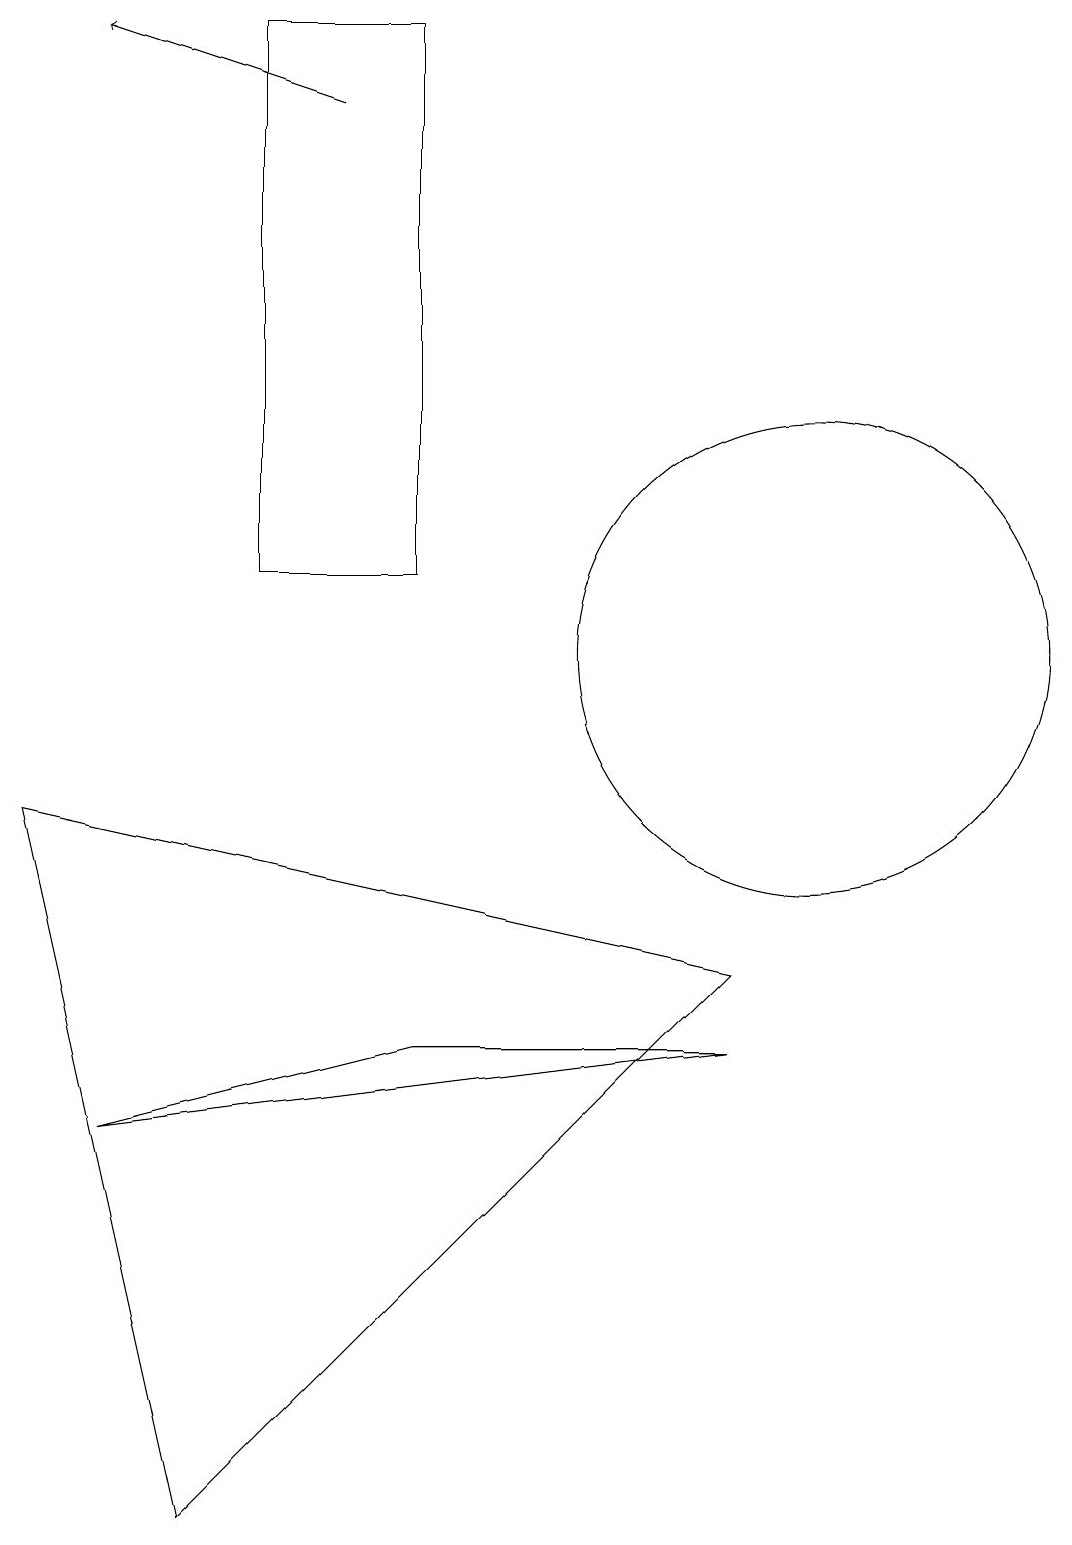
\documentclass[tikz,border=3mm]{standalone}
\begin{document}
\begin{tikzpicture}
\draw[->] (4,18) -- (1,19);
\draw (9,6) -- (1,5) -- (5,6) -- cycle;
\draw (2,0) -- (0,9) -- (9,7) -- cycle;
\draw (10,11) circle (3);
\draw (5,19) rectangle (3,12);
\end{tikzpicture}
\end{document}